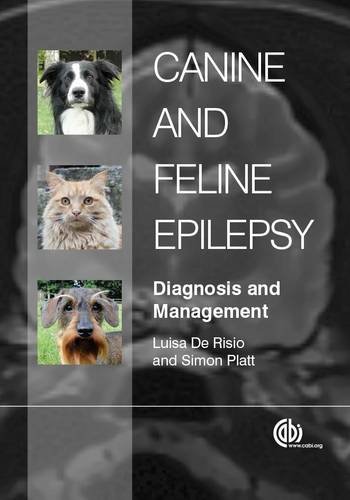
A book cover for Canine and Feline Epilepsy: Diagnosis and Management; Luisa De Risio; Health, Fitness & Dieting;